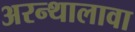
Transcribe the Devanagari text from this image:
अरन्थालावा